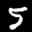
Label: 5